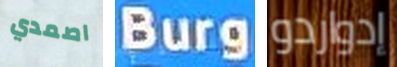
اصمدي Burg إدواردو